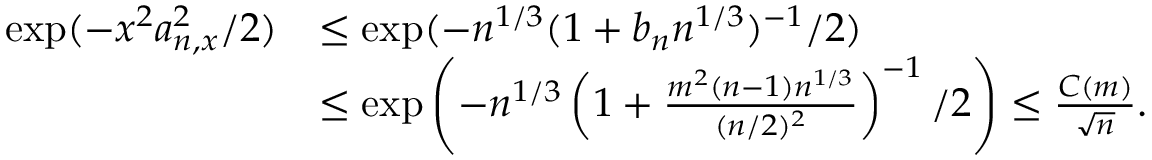
\begin{array} { r l } { \exp ( - x ^ { 2 } a _ { n , x } ^ { 2 } / 2 ) } & { \leq \exp ( - n ^ { 1 / 3 } ( 1 + b _ { n } n ^ { 1 / 3 } ) ^ { - 1 } / 2 ) } \\ & { \leq \exp \left( - n ^ { 1 / 3 } \left( 1 + \frac { m ^ { 2 } ( n - 1 ) n ^ { 1 / 3 } } { ( n / 2 ) ^ { 2 } } \right) ^ { - 1 } / 2 \right) \leq \frac { C ( m ) } { \sqrt { n } } . } \end{array}